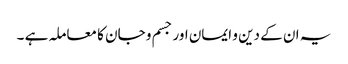
یہ ان کے دین و ایمان اور جسم و جان کا معاملہ ہے ۔